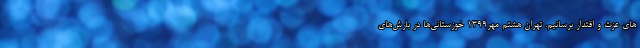
های عزت و اقتدار برسانیم. تهران هشتم مهر1399 خوزستانی‌ها در بارش‌های